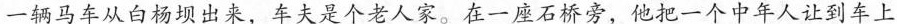
一辆马车从白杨坝出来，车夫是个老人家。在一座石桥旁，他把一个中年人让到车上